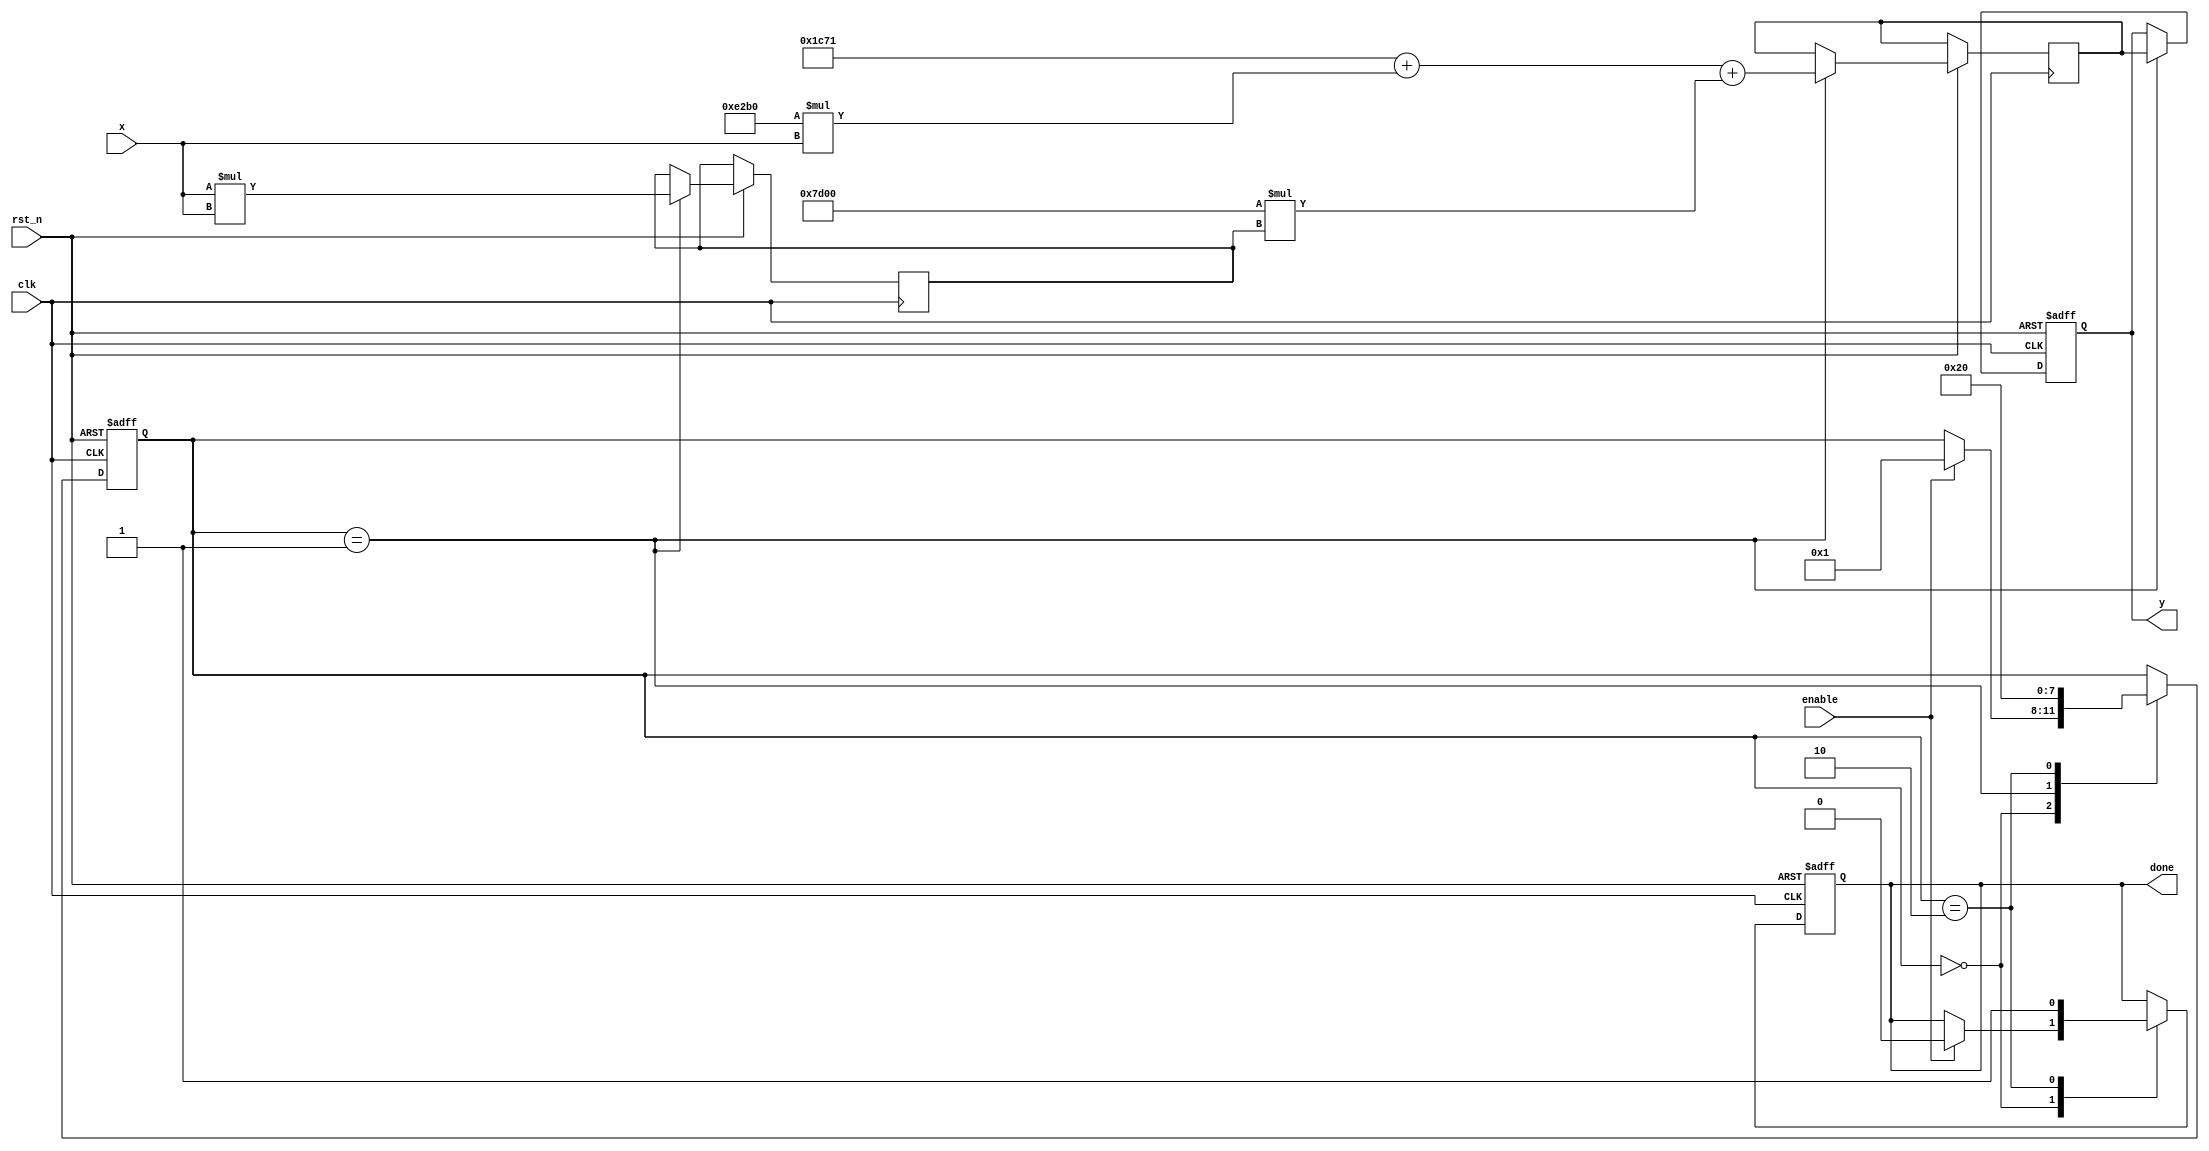
module Polynomial_Approximation_Reciprocal (
    input wire clk,
    input wire rst_n,
    input wire enable,
    input wire [15:0] x,        // Fixed-point input (0 < x < 1)
    output reg [15:0] y,        // Fixed-point output (reciprocal of x)
    output reg done             // Signal to indicate completion
);

    // Polynomial coefficients for approximation (example coefficients)
    parameter c0 = 16'h1C71; // 1.1101... (approximation for 1/x)
    parameter c1 = 16'hE2B0; // -1.1101... (approximation for 1/x)
    parameter c2 = 16'h7D00; // 0.5 (approximation for 1/x)
    parameter c3 = 16'h0000; // 0 (higher order terms can be included)

    reg [15:0] x_squared;
    reg [15:0] poly_result;
    reg [3:0] state;
    
    // State definitions
    localparam IDLE = 4'b0000,
               CALC = 4'b0001,
               DONE = 4'b0010;

    // State machine for control
    always @(posedge clk or negedge rst_n) begin
        if (!rst_n) begin
            state <= IDLE;
            y <= 16'b0;
            done <= 1'b0;
        end else begin
            case (state)
                IDLE: begin
                    if (enable) begin
                        state <= CALC;
                        done <= 1'b0;
                    end
                end
                CALC: begin
                    // Calculate x^2
                    x_squared <= x * x;

                    // Evaluate polynomial P(x) using Horner's method
                    poly_result <= c0 + (c1 * x) + (c2 * x_squared);
                    
                    // Scale the result (if necessary)
                    // For example, if the result needs to be multiplied by a constant factor
                    y <= poly_result; // Adjust scaling as necessary

                    state <= DONE;
                end
                DONE: begin
                    done <= 1'b1;
                    state <= IDLE; // Go back to IDLE
                end
            endcase
        end
    end
endmodule